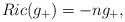
LaTeX: \begin{align*}Ric(g_{+}) = -n g_{+},\end{align*}